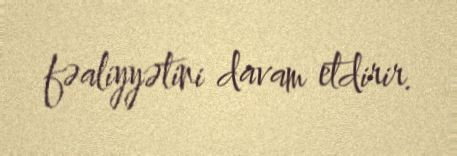
fəaliyyətini davam etdirir.